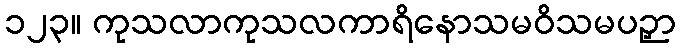
၁၂၃။ ကုသလာကုသလကာရိနောသမဝိသမပဉှာ